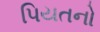
પિયતનો